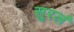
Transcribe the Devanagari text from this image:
सुरलं